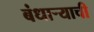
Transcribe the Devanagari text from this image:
बंधाऱ्याची